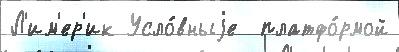
Л'им'ер'ик Усло́вныjе  платфо́рмой